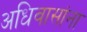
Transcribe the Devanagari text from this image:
अधिवासांना